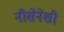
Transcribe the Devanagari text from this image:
नौसेनेशी